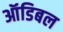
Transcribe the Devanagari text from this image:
ऑडिबल